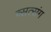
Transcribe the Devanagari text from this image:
व्सत्संग